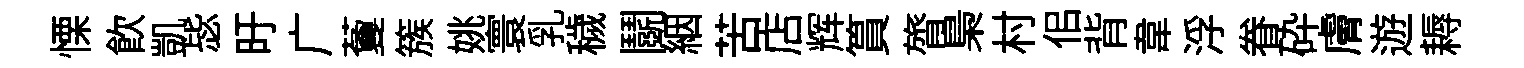
慄飮凱毖旴广藑簇姚寰乳穢鬬絪苦店辉篔膂梟村佀背韋浮眷砕膚遊耨